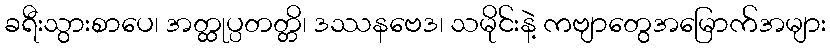
ခရီးသွားစာပေ၊ အတ္ထုပ္ပတတ္တိ၊ ဒဿနဗေဒ၊ သမိုင်းနဲ့ ကဗျာတွေအမြောက်အများ